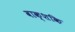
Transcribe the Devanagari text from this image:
वाक्शकि